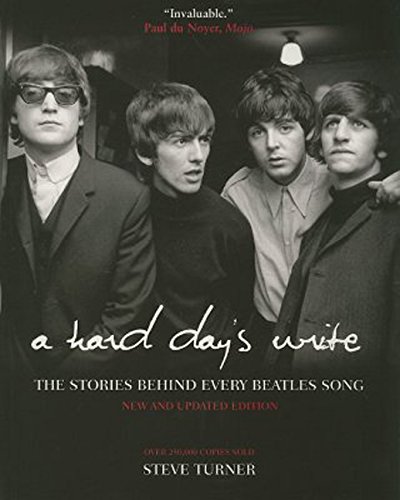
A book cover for A Hard Day's Write: The Stories Behind Every Beatles Song; Steve Turner; Arts & Photography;